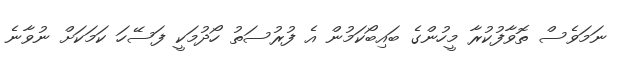
ނަމަވެސް ތޮވާފުކުރާ މީހުންގެ ބައިބޯކަމުން އެ ފުރުސަތު ހޯދުމަކީ ފަސޭހަ ކަމަކަށް ނުވާނެ